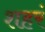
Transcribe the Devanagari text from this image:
शहरं